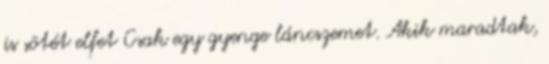
is sötét elfet Csak egy gyenge láncszemet. Akik maradtak,